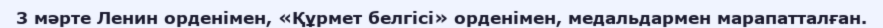
3 мәрте Ленин орденімен, «Құрмет белгісі» орденімен, медальдармен марапатталған.